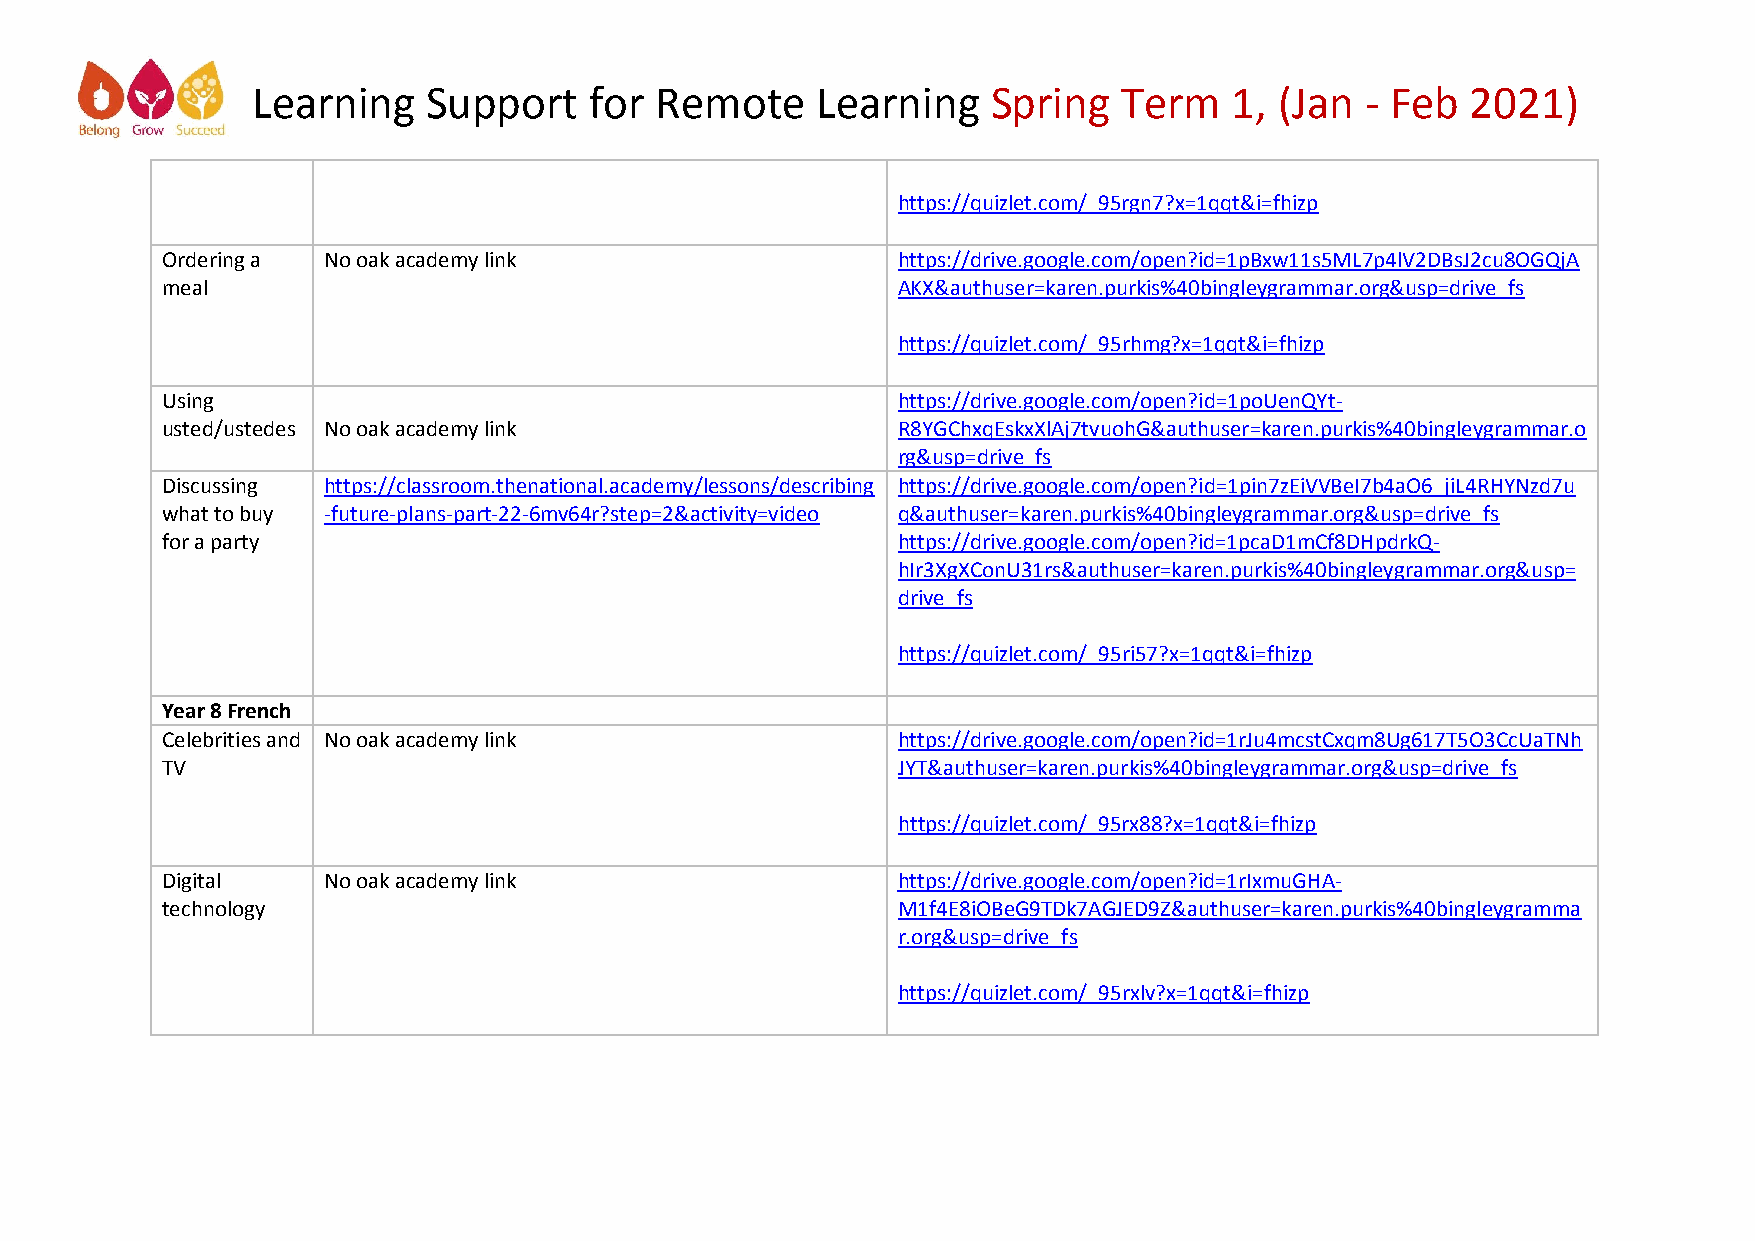
Learning   Support    for Remote     Learning    Spring  Term    1, (Jan - Feb  2021)
 https://quizlet.com/_95rgn7?x=1qqt&i=fhizp
 Ordering a No oak academy link                  https://drive.google.com/open?id=1pBxw11s5ML7p4lV2DBsJ2cu8OGQjA
 meal                                            AKX&authuser=karen.purkis%40bingleygrammar.org&usp=drive_fs
 https://quizlet.com/_95rhmg?x=1qqt&i=fhizp
 Using                                           https://drive.google.com/open?id=1poUenQYt-
 usted/ustedes No oak academy link               R8YGChxqEskxXlAj7tvuohG&authuser=karen.purkis%40bingleygrammar.o
 rg&usp=drive_fs
 Discussing https://classroom.thenational.academy/lessons/describing https://drive.google.com/open?id=1pin7zEiVVBeI7b4aO6_jiL4RHYNzd7u
 what to buy -future-plans-part-22-6mv64r?step=2&activity=video q&authuser=karen.purkis%40bingleygrammar.org&usp=drive_fs
 for a party                                     https://drive.google.com/open?id=1pcaD1mCf8DHpdrkQ-
 hIr3XgXConU31rs&authuser=karen.purkis%40bingleygrammar.org&usp=
 drive_fs
 https://quizlet.com/_95ri57?x=1qqt&i=fhizp
 Year 8 French
 Celebrities and No oak academy link             https://drive.google.com/open?id=1rJu4mcstCxqm8Ug617T5O3CcUaTNh
 TV                                              JYT&authuser=karen.purkis%40bingleygrammar.org&usp=drive_fs
 https://quizlet.com/_95rx88?x=1qqt&i=fhizp
 Digital   No oak academy link                   https://drive.google.com/open?id=1rIxmuGHA-
 technology                                      M1f4E8iOBeG9TDk7AGJED9Z&authuser=karen.purkis%40bingleygramma
 r.org&usp=drive_fs
 https://quizlet.com/_95rxlv?x=1qqt&i=fhizp